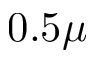
0 . 5 \mu